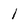
Character: l